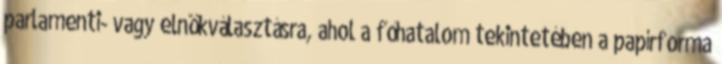
parlamenti- vagy elnökválasztásra, ahol a főhatalom tekintetében a papírforma